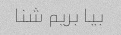
بیا بریم شنا